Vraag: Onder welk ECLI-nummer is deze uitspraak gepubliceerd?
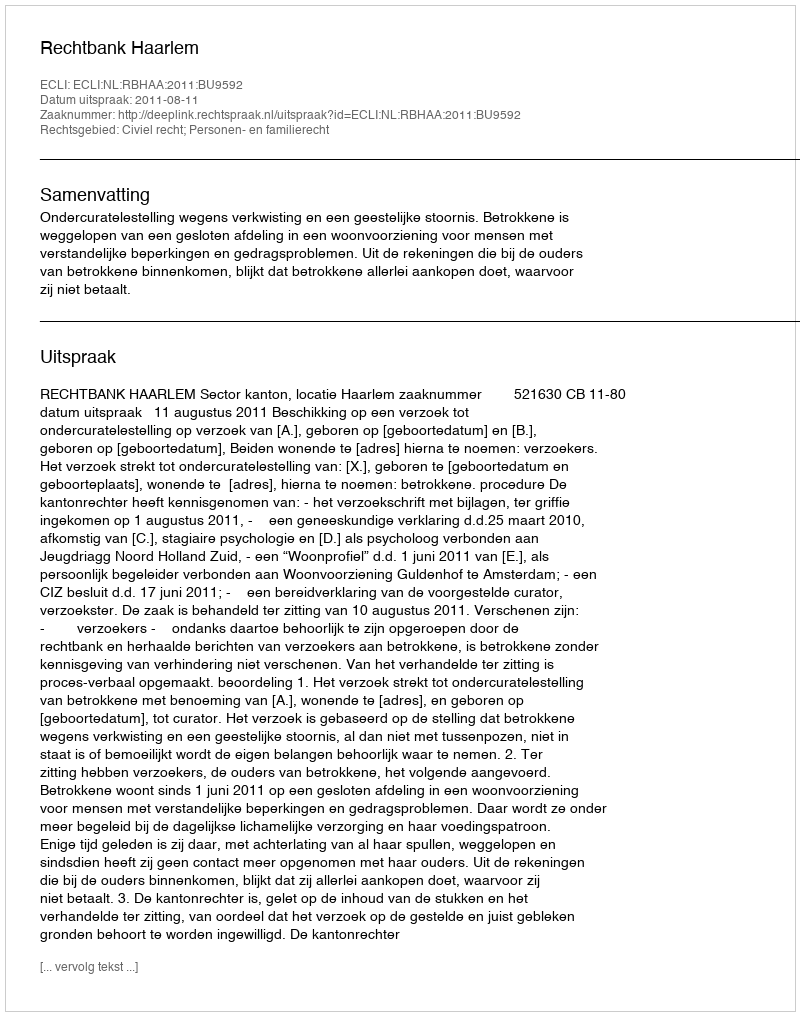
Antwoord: ECLI:NL:RBHAA:2011:BU9592